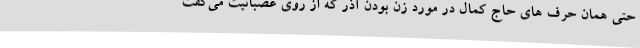
حتی همان حرف های حاج کمال در مورد زن بودن آذر که از روی عصبانیت می‌گفت